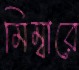
মিম্বারে